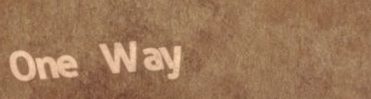
One Way